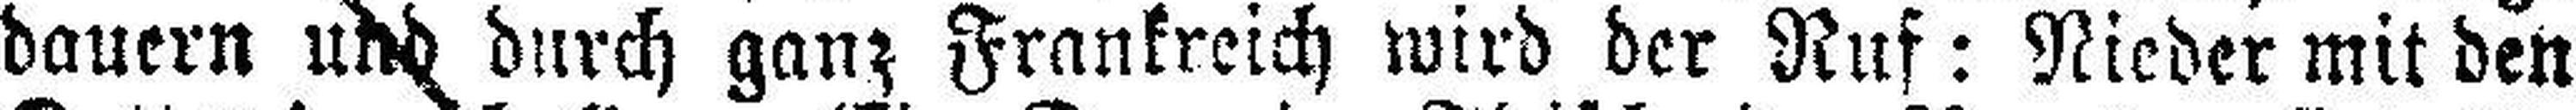
dauern und durch ganz Frankreich wird der Ruf: Nieder mit den